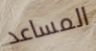
المساعد